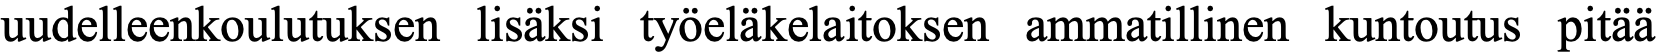
uudelleenkoulutuksen lisäksi työeläkelaitoksen ammatillinen kuntoutus pitää